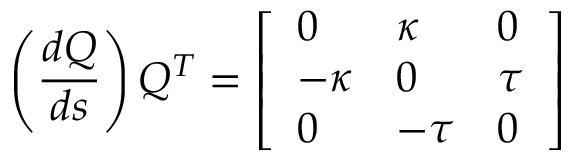
\left( { \frac { d Q } { d s } } \right) Q ^ { T } = \left[ { \begin{array} { l l l } { 0 } & { \kappa } & { 0 } \\ { - \kappa } & { 0 } & { \tau } \\ { 0 } & { - \tau } & { 0 } \end{array} } \right]